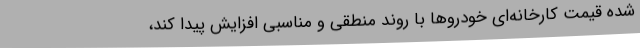
شده قیمت کارخانه‌ای خودروها با روند منطقی و مناسبی افزایش پیدا کند،